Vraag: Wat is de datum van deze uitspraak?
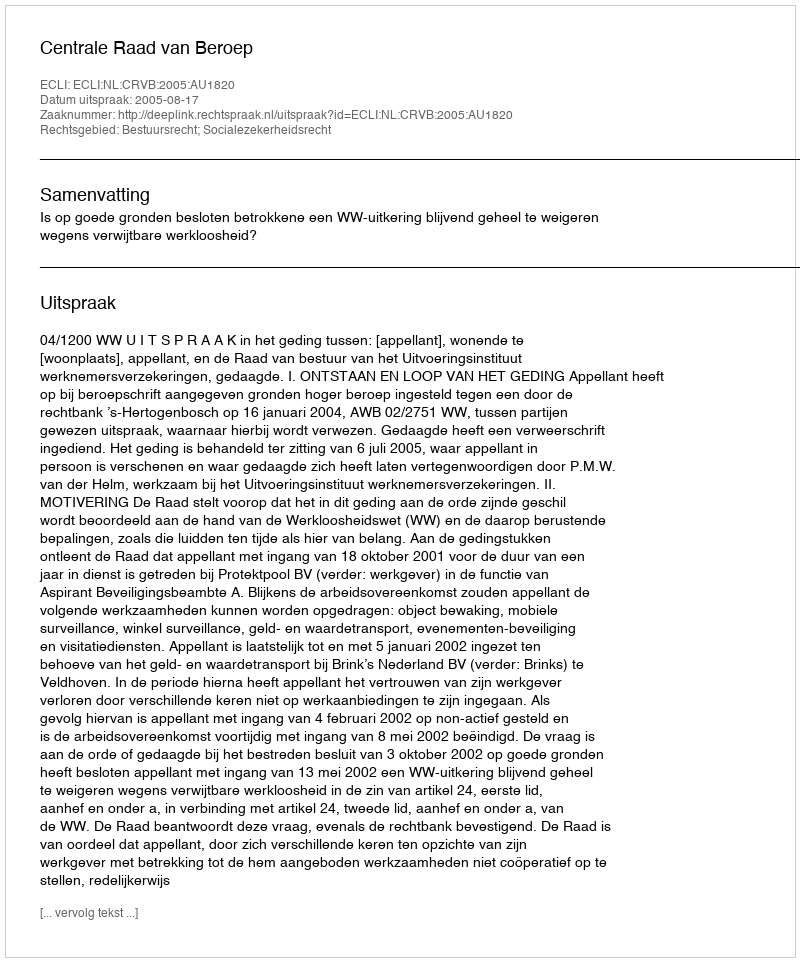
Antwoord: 2005-08-17